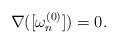
LaTeX: \begin{align*} \nabla([\omega_n^{(0)}])=0. \end{align*}